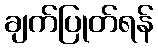
ချက်ပြုတ်ရန်